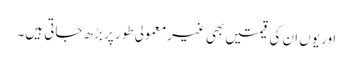
اور یوں ان کی قیمتیں بھی غیرمعمولی طور پر بڑھ جاتی ہیں۔